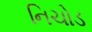
નિચોડ